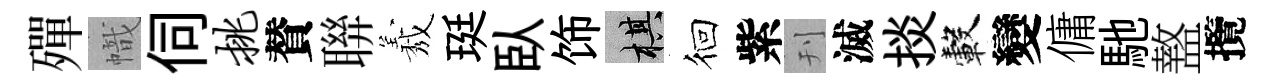
殫幟伺挑賛聨𦏁珽臥饰棋徊紫刊滅掞轂變傭馳盩攬